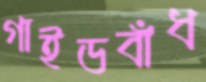
গাইডবাঁধ